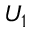
U _ { 1 }